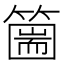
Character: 𥳙